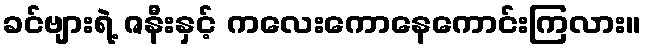
ခင်ဗျားရဲ့ ဇနီးနှင့် ကလေးကောနေကောင်းကြလား။